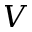
V